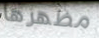
مظهرها